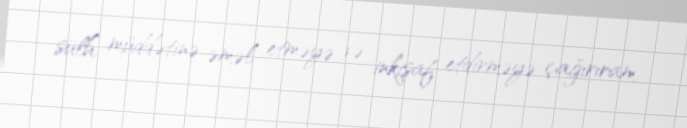
sülh müddətinə əməl etməyə və inkişaf etdirməyə çağırıram.